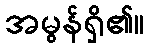
အမွန်ရှိ၏။